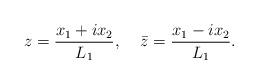
LaTeX: \begin{align*}z=\frac{x_1+ix_2}{L_1},\;\;\;\;\bar{z}=\frac{x_1-ix_2}{L_1}.\end{align*}